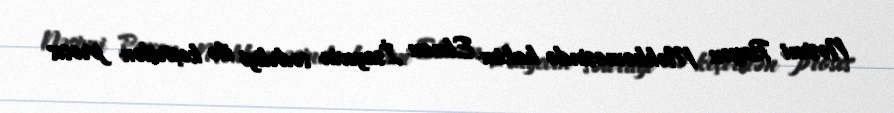
Nəsimi Rayon Məhkəməsində hakim Elman İsayevin sədrliyi ilə keçirilən proses